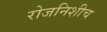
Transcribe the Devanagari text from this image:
रोजनिशीच